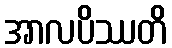
အာလပိဿတိ